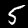
Digit: 5